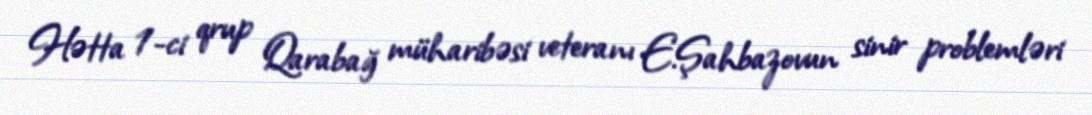
Hətta 1-ci qrup Qarabağ müharibəsi veteranı E.Şahbazovun sinir problemləri